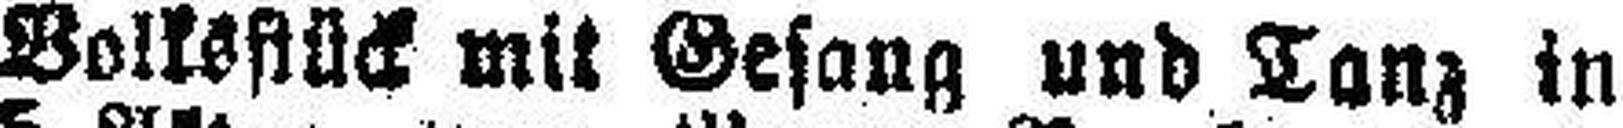
Volksstück mit Gesang und Tanz in